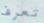
تعرف